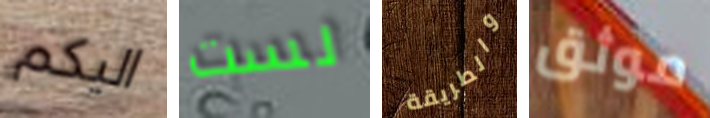
اليكم لست والطريقة موثق